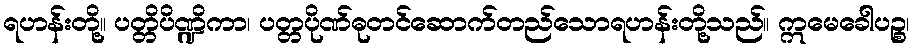
ရဟန်းတို့။ ပတ္တိပိဏ္ဍိကာ၊ ပတ္တပိုဏ်ဓုတင်ဆောက်တည်သောရဟန်းတို့သည်။ ဣမေခေါပဉ္စ၊